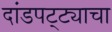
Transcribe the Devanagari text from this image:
दांडपट्ट्याचा